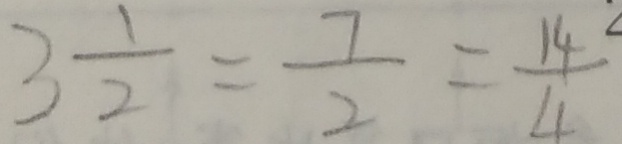
3 \frac { 1 } { 2 } = \frac { 7 } { 2 } = \frac { 1 4 } { 4 }